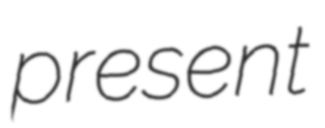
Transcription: present